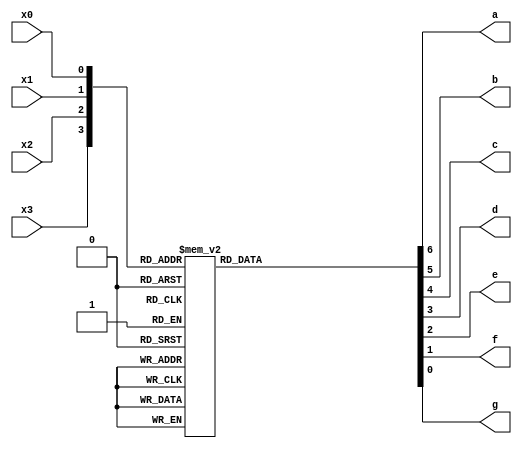

module seven_seg_decoder(x3, x2, x1, x0, a, b, c, d, e, f, g);
input x3, x2, x1, x0;
output a, b, c, d, e, f, g;
reg a, b, c, d, e, f, g;


always @ (x3, x2, x1, x0)
begin
	case ({x3, x2, x1, x0})
		
		
		// X1,X2,X3,X4    // ABCDEF-
		4'b0000: {a, b, c, d, e, f, g} = 7'b0000001; // 0
		4'b0001: {a, b, c, d, e, f, g} = 7'b1001111; // 1
		4'b0010: {a, b, c, d, e, f, g} = 7'b0010010; // 2
		4'b0011: {a, b, c, d, e, f, g} = 7'b0000110; // 3
		4'b0100: {a, b, c, d, e, f, g} = 7'b1001100; // 4
		4'b0101: {a, b, c, d, e, f, g} = 7'b0100100; // 5
		4'b0110: {a, b, c, d, e, f, g} = 7'b0100000; // 6
		4'b0111: {a, b, c, d, e, f, g} = 7'b0001111; // 7
		4'b1000: {a, b, c, d, e, f, g} = 7'b0000000; // 8
		4'b1001: {a, b, c, d, e, f, g} = 7'b0000100; // 9
		4'b1010: {a, b, c, d, e, f, g} = 7'b0001000; // A
		4'b1011: {a, b, c, d, e, f, g} = 7'b1100000; // b
		4'b1100: {a, b, c, d, e, f, g} = 7'b0110001; // C
		4'b1101: {a, b, c, d, e, f, g} = 7'b1000010; // d
		4'b1110: {a, b, c, d, e, f, g} = 7'b0110000; // E
		4'b1111: {a, b, c, d, e, f, g} = 7'b0111000; // F		

	endcase
	end
endmodule